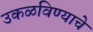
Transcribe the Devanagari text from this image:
उकळविण्याचे